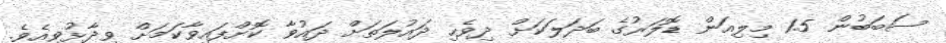
ސަބަބުން 1.5 މިލިއަން ޑޮލަރުގެ ބަދަލަކަށް ދިވެހި ދައުލަތަށް ދައުވާ ކޮށްފައިވާކަމަށް ވިދާޅުވިއެވެ.